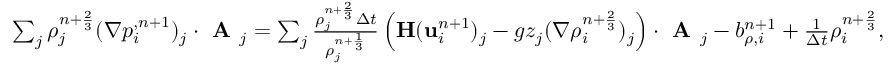
\begin{array} { r } { \sum _ { j } { \rho } _ { j } ^ { n + \frac { 2 } { 3 } } ( \nabla p _ { i } ^ { , n + 1 } ) _ { j } \cdot \textbf { A } _ { j } = \sum _ { j } \frac { { \rho } _ { j } ^ { n + \frac { 2 } { 3 } } \Delta t } { { \rho } _ { j } ^ { n + \frac { 1 } { 3 } } } \left( \mathbf { H } ( \mathbf u _ { i } ^ { n + 1 } ) _ { j } - g z _ { j } ( \nabla { \rho } _ { i } ^ { n + \frac { 2 } { 3 } } ) _ { j } \right) \cdot \textbf { A } _ { j } - b _ { \rho , i } ^ { n + 1 } + \frac { 1 } { \Delta t } { \rho } _ { i } ^ { n + \frac { 2 } { 3 } } , } \end{array}